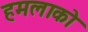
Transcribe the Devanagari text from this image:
हमलाको